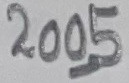
Text: 2005